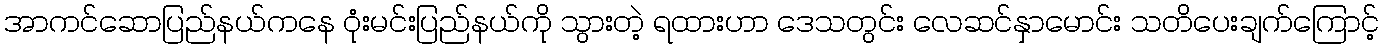
အာကင်ဆောပြည်နယ်ကနေ ဝုံးမင်းပြည်နယ်ကို သွားတဲ့ ရထားဟာ ဒေသတွင်း လေဆင်နှာမောင်း သတိပေးချက်ကြောင့်